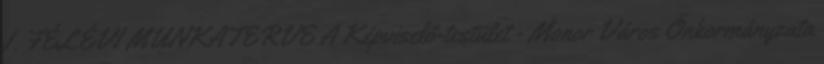
I. FÉLÉVI MUNKATERVE A Képviselő-testület - Monor Város Önkormányzata